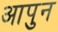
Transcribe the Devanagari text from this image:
आपुन